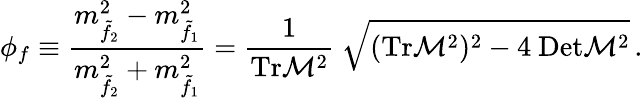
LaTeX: \phi_{f}\equiv\frac{m_{\tilde{f}_{2}}^{2}-m_{\tilde{f}_{1}}^{2}}{m_{\tilde{f}_{2}}^{2}+m_{\tilde{f}_{1}}^{2}}={\frac{1}{\mathrm{Tr}{\cal M}^{2}}}~\sqrt{(\mathrm{Tr}{\cal M}^{2})^{2}-4~\mathrm{Det}{\cal M}^{2}}\, .